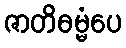
ဇာတိဓမ္မံပေ